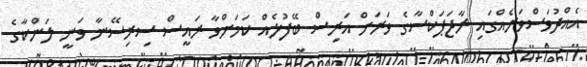
އެއްދުވަސްވަރެއްގައި ރާޖަޕަކްސާގެ ވަރަށް އަރިސް ބޭފުޅެއް ކަމަށްވާ ރައީސް ސިރިސޭނާ ވަނީ ލަންކާގެ